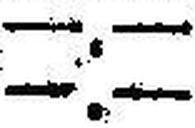
—.—